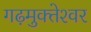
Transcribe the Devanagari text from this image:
गढ़मुक्‍तेश्‍वर